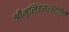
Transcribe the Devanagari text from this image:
श्रीनृसिंहसरस्वतींची